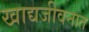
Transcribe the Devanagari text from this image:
खाद्यजीवनात